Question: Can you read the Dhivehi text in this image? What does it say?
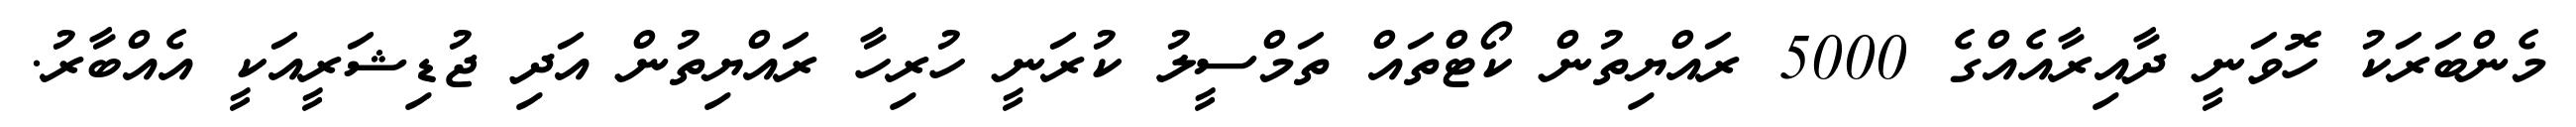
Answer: މެންބަރަކު ހޮވަނީ ދާއިރާއެއްގެ 5000 ރައްޔިތުން ކޯޓްތައް ތަމްސީލު ކުރަނީ ހުރިހާ ރައްޔިތުން އަދި ޖުޑިޝަރީއަކީ އެއްބާރު.